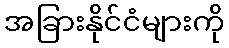
အခြားနိုင်ငံများကို